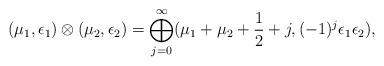
LaTeX: \begin{align*} (\mu_1,\epsilon_1)\otimes(\mu_2,\epsilon_2) = \bigoplus\limits_{j=0}^{\infty} (\mu_1 + \mu_2 +\frac{1}{2} + j, (-1)^j\epsilon_1\epsilon_2),\end{align*}